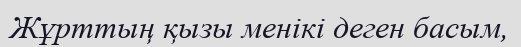
Жұрттың қызы менікі деген басым,